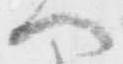
へ